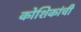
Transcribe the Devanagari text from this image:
कोशिकांची